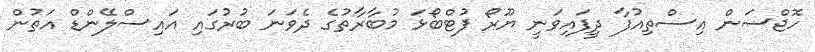
ހޮޖްސަން އިސްތިއުފާ ދީފައިވަނީ ޔޫރޯ ފުޓްބޯޅަ މުބާރާތުގެ ދެވަނަ ބުރުގައި އައިސްލޭންޑް އަތުން